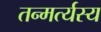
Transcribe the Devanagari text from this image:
तन्मर्त्यस्य